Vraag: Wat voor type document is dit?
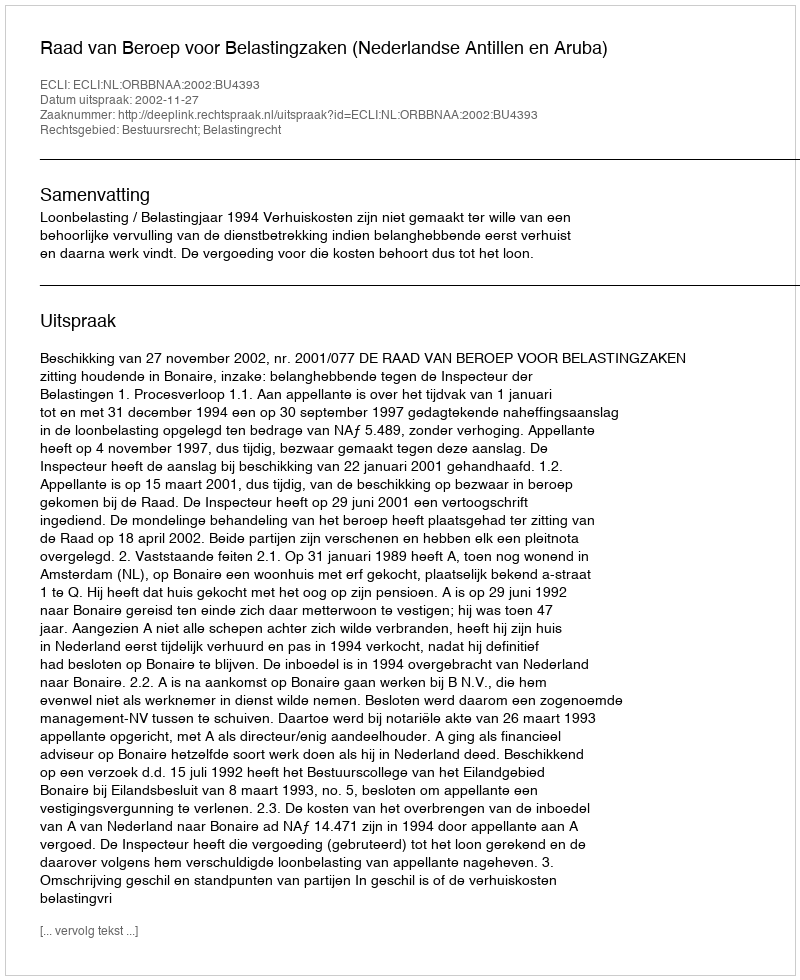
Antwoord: Uitspraak